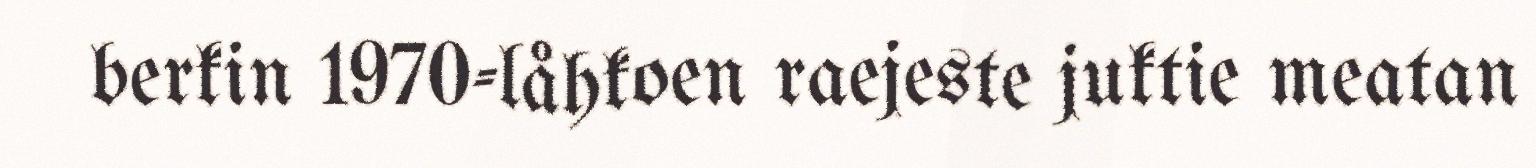
berkin 1970-låhkoen raejeste juktie meatan